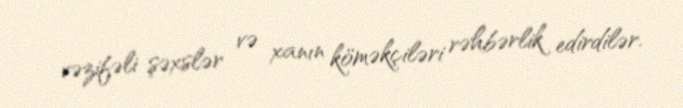
vəzifəli şəxslər və xanın köməkçiləri rəhbərlik edirdilər.